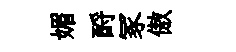
媚酹冢傲